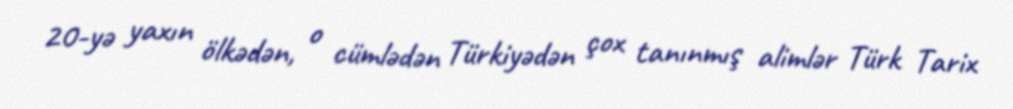
20-yə yaxın ölkədən, o cümlədən Türkiyədən çox tanınmış alimlər Türk Tarix